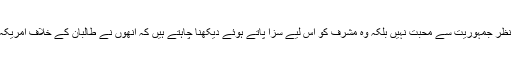
ان کے پیشِ نظر جمہوریت سے محبت نہیں بلکہ وہ مشرف کو اس لیے سزا پاتے ہوئے دیکھنا چاہتے ہیں کہ اُنھوں نے طالبان کے خلاف امریکہ کا ساتھ دیا۔